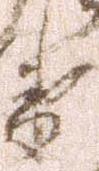
衛